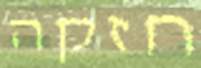
חזקה